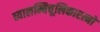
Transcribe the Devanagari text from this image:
व्यालम्बिचूलिकारत्नो